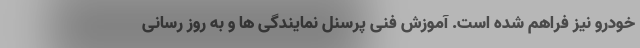
خودرو نیز فراهم شده است. آموزش فنی پرسنل نمایندگی ها و به روز رسانی